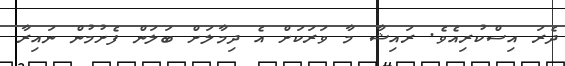
ދެރަ އިސްކުރިއެވެ. ރައިޝާ މާ ވަރަކަށް އެ ދިމާލަށް ބަލަން ފެށުމުން ނައިރާ